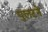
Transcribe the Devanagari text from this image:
पुलटने